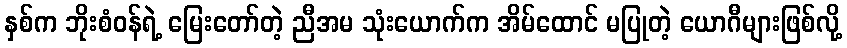
နှစ်က ဘိုးစံဝန်ရဲ့ မြေးတော်တဲ့ ညီအမ သုံးယောက်က အိမ်ထောင် မပြုတဲ့ ယောဂီများဖြစ်လို့